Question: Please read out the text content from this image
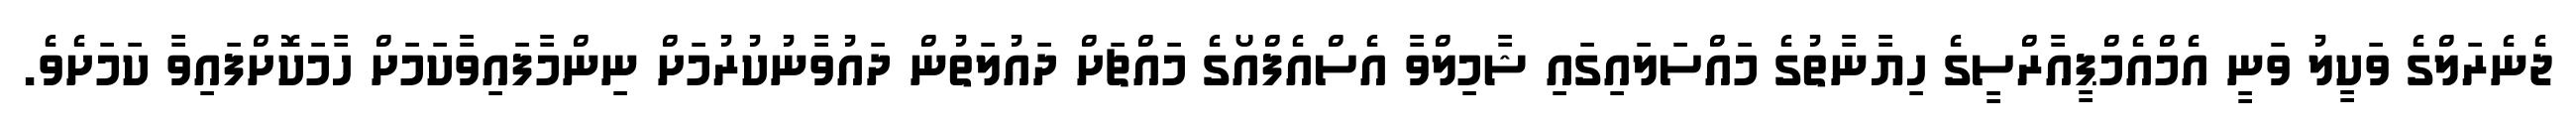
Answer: ޖެނެރަލްގެ ވަކީލު ވަނީ އެމްއެމްޕީއާރްސީގެ ހިޔާނާތުގެ މައްސަލައިގައި ޝާމިލްވާ އެސްއެފްއޯގެ މައްޗަށް ދައުލަތުން ދައުވާނުކުރުމަށް ނިންމާފައިވާކަމަށް ހާމަކޮށްފައިވާ ކަމަށެވެ.